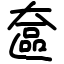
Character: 奩